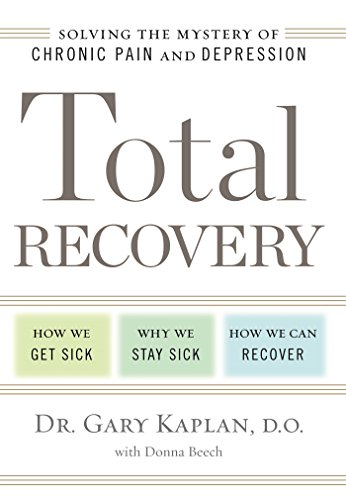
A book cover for Total Recovery: Solving the Mystery of Chronic Pain and Depression; Gary Kaplan; Health, Fitness & Dieting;